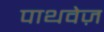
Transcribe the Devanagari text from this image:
पाथवेज़